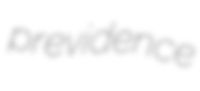
previdence